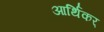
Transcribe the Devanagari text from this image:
आर्थिकर्